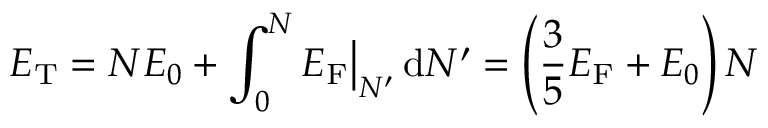
E _ { \mathrm { { T } } } = N E _ { 0 } + \int _ { 0 } ^ { N } E _ { \mathrm { F } } { \big | } _ { N ^ { \prime } } \, \mathrm { d } N ^ { \prime } = \left( { \frac { 3 } { 5 } } E _ { \mathrm { F } } + E _ { 0 } \right) N